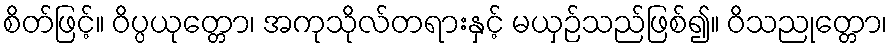
စိတ်ဖြင့်။ ဝိပ္ပယုတ္တော၊ အကုသိုလ်တရားနှင့် မယှဉ်သည်ဖြစ်၍။ ဝိသညုတ္တော၊